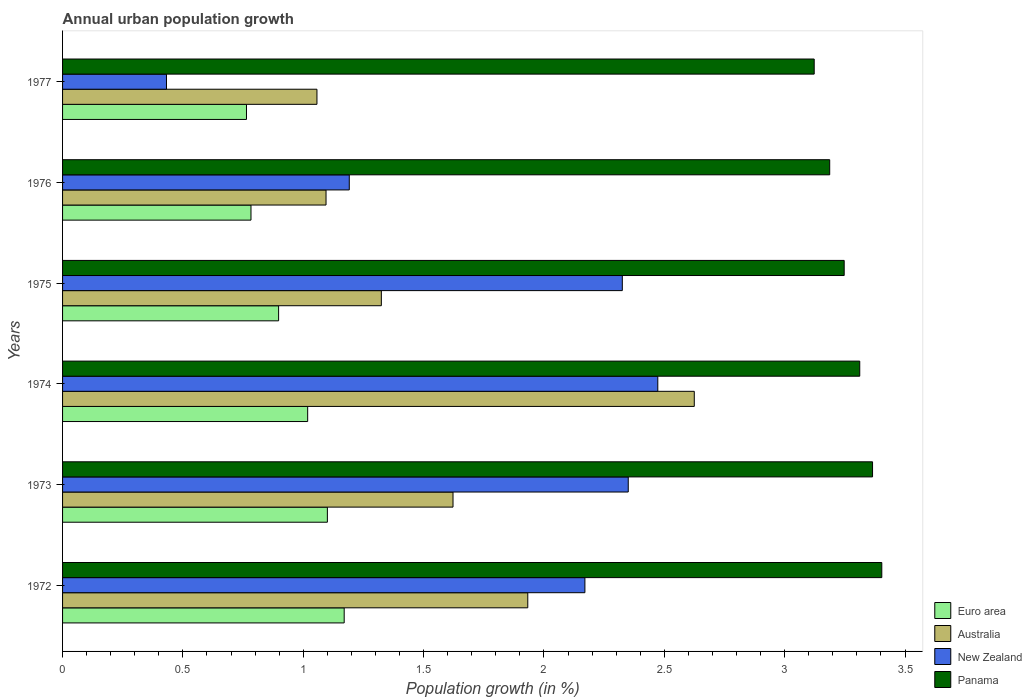
| Years | Euro area | Australia | New Zealand | Panama |
 | --- | --- | --- | --- | --- |
 | 1972 | 1.17 | 1.93 | 2.17 | 3.4 |
 | 1973 | 1.1 | 1.62 | 2.35 | 3.37 |
 | 1974 | 1.02 | 2.62 | 2.47 | 3.31 |
 | 1975 | 0.898 | 1.32 | 2.33 | 3.25 |
 | 1976 | 0.783 | 1.09 | 1.19 | 3.19 |
 | 1977 | 0.764 | 1.06 | 0.432 | 3.12 |